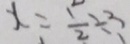
x = \frac { 1 } { 2 } \div 3